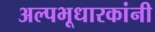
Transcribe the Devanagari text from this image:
अल्पभूधारकांनी